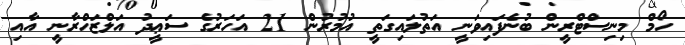
ހޯމް މިނިސްޓްރީން ބުނެފައިވަނީ އަތުލައިގަތީ އުމުރުން 21 އަހަރުގެ ސަޢީދު އަލްޒަހްރާނީ އާއި